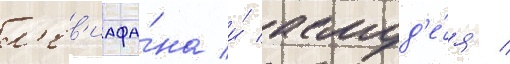
л'ев'иафа́на и́ асмод'е́я /